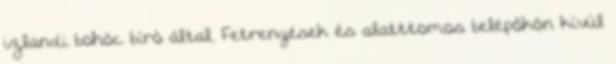
izlandi bohóc bíró által. Fetrengések és alatttomos belépőkön kívül